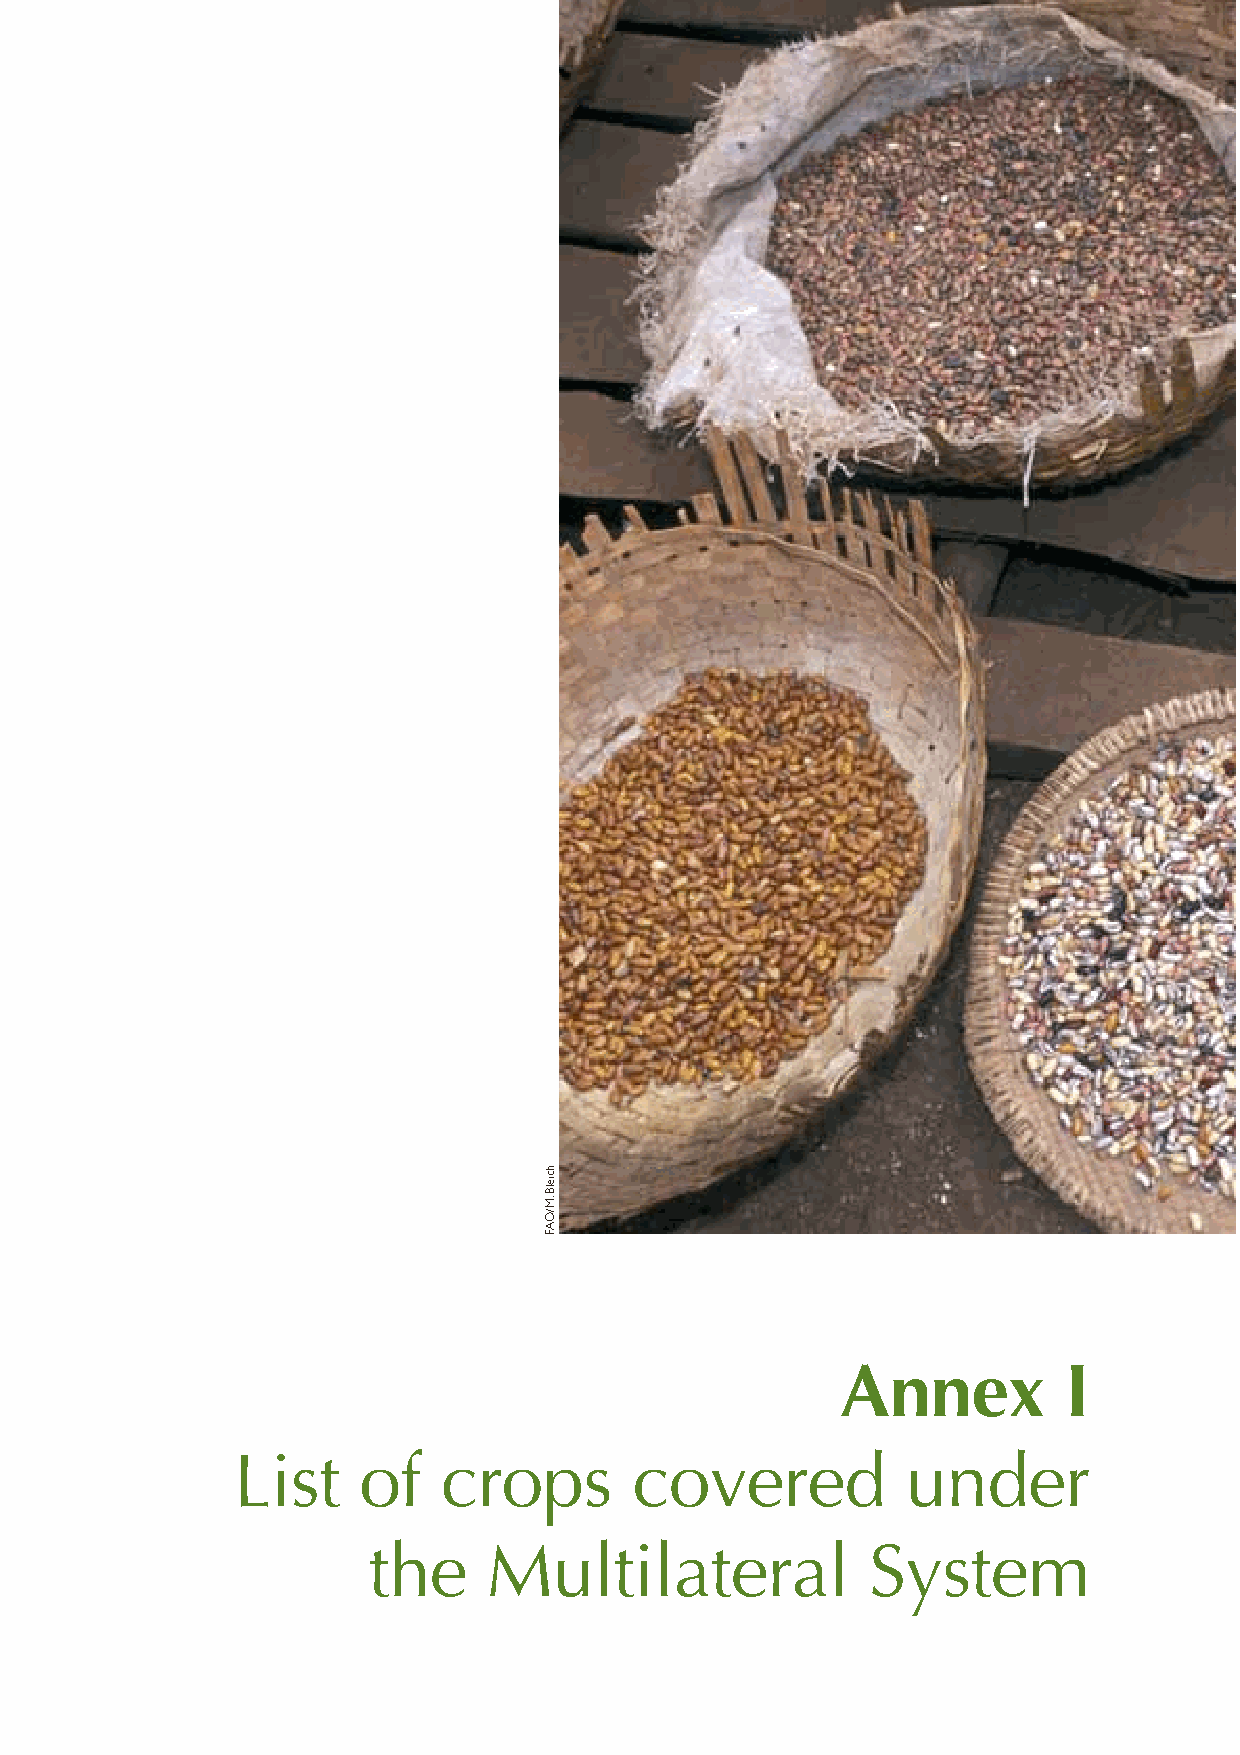
Annex         I
 List     of   crops        covered           under
 the     Multilateral             System
 hcielB
 .M/OAF